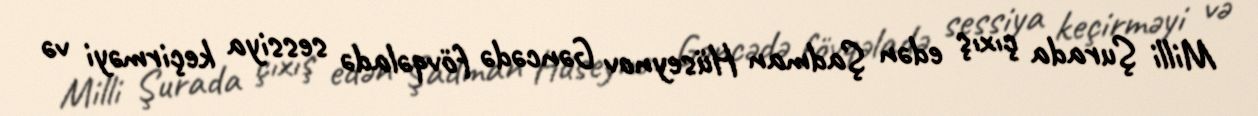
Milli Şurada çıxış edən Şadman Hüseynov Gəncədə fövqəladə sessiya keçirməyi və